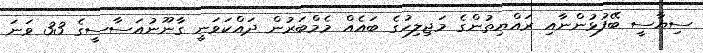
ސިޔާސީ ބޭފުޅުންނާއި ރައްޔިތުންގެ މަޖިލިހުގެ ބައެއް މެމްބަރުން ދައްކަވަނީ ގާނޫނުއަސާސީގެ 33 ވަނަ